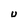
Character: U